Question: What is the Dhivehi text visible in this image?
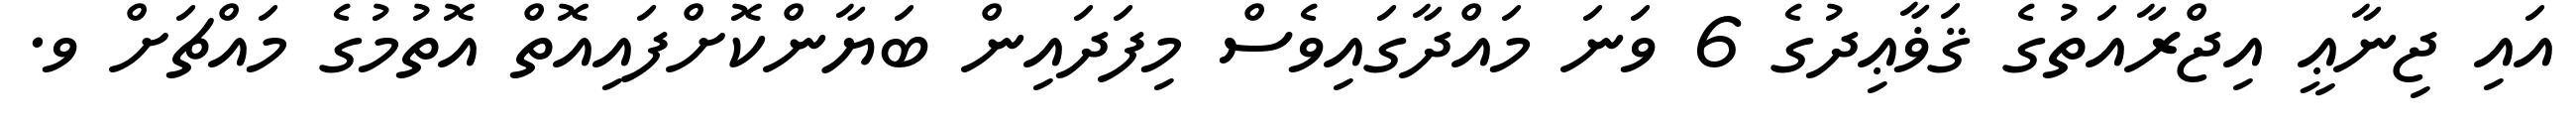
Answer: އައި ޖިނާޢީ އިޖްރާއަތުގެ ޤަޥާޢިދުގެ 6 ވަނަ މައްދާގައިވެސް މިފަދައިން ބަޔާންކޮށްފައިއޮތް އޮތުމުގެ މައްޗަށް ވ.